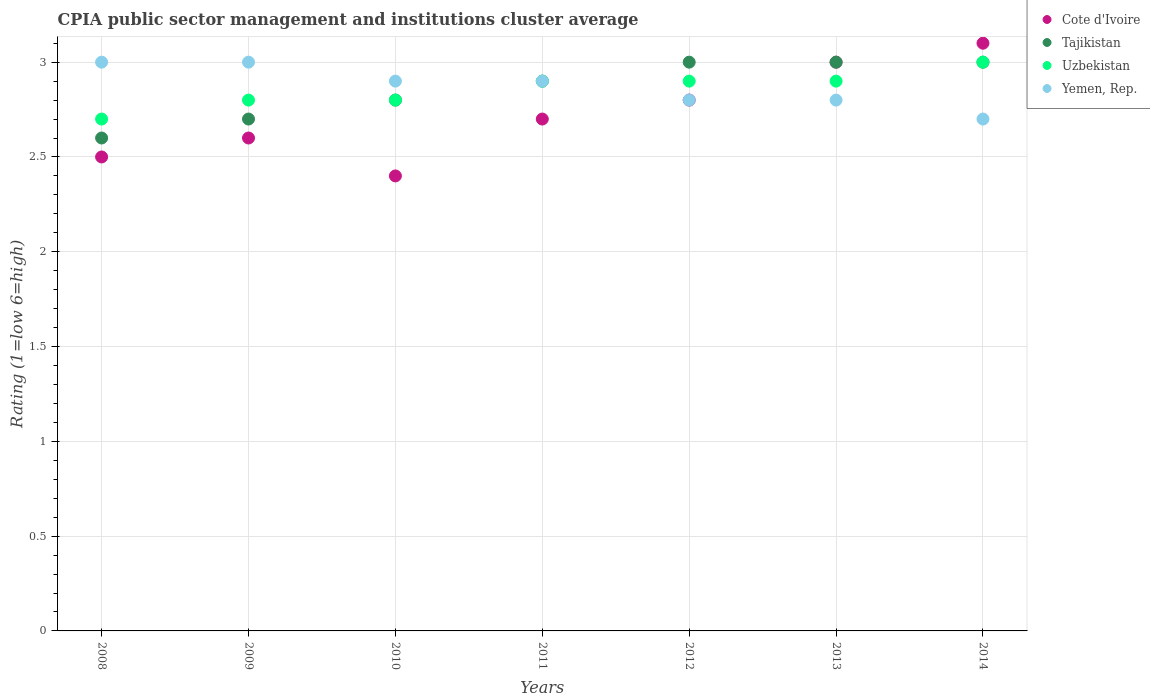
| Years | Cote d'Ivoire | Tajikistan | Uzbekistan | Yemen, Rep. |
 | --- | --- | --- | --- | --- |
 | 2008 | 2.5 | 2.6 | 2.7 | 3 |
 | 2009 | 2.6 | 2.7 | 2.8 | 3 |
 | 2010 | 2.4 | 2.8 | 2.8 | 2.9 |
 | 2011 | 2.7 | 2.9 | 2.9 | 2.9 |
 | 2012 | 2.8 | 3 | 2.9 | 2.8 |
 | 2013 | 3 | 3 | 2.9 | 2.8 |
 | 2014 | 3.1 | 3 | 3 | 2.7 |